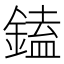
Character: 鎑